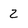
Character: 2